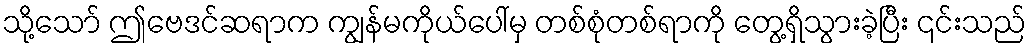
သို့သော် ဤဗေဒင်ဆရာက ကျွန်မကိုယ်ပေါ်မှ တစ်စုံတစ်ရာကို တွေ့ရှိသွားခဲ့ပြီး ၎င်းသည်